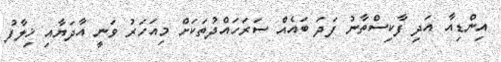
އިންޑިއާ އަދި ފާކިސްތާނު ފަދަ ބައެއް ސަރަހައްދުތަކަށް މިއަހަރު ވަނީ އާދަޔާއި ޚިލާފު